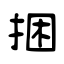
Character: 捆